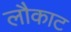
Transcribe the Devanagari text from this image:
लौकाट